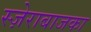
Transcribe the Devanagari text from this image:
स्ज़ेराबाजका